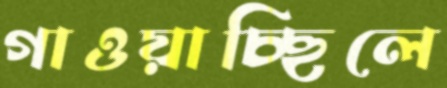
গাওয়াচ্ছিলে